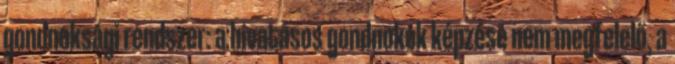
gondnoksági rendszer: a hivatásos gondnokok képzése nem megfelelő, a